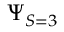
\Psi _ { S = 3 }